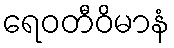
ရေဝတီဝိမာနံ